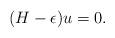
LaTeX: \begin{align*}(H-\epsilon)u=0.\end{align*}